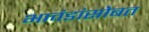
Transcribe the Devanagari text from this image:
भावंडांसोबत